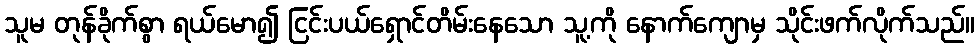
သူမ တုန်ခိုက်စွာ ရယ်မော၍ ငြင်းပယ်ရှောင်တိမ်းနေသော သူ့ကို နောက်ကျောမှ သိုင်းဖက်လိုက်သည်။